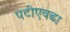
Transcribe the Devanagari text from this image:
पटीएवढा